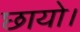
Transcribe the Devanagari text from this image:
छायो।